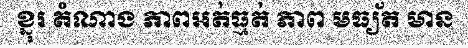
ខ្នុរ តំណាង ភាពអត់ធ្មត់ ភាព មធ្យ័ត មាន